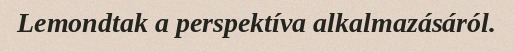
Lemondtak a perspektíva alkalmazásáról.